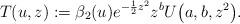
LaTeX: \begin{gather*} T(u,z):=\beta_2(u)e^{-\frac12z^2}z^bU\big(a,b,z^2\big).\end{gather*}